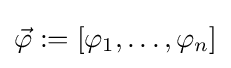
{\vec {\varphi }}:=\left[\varphi _{1},\ldots ,\varphi _{n}\right]